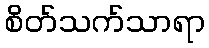
စိတ်သက်သာရာ